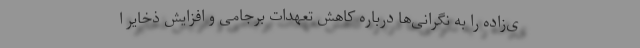
ی‌زاده را به نگرانی‌ها درباره کاهش تعهدات برجامی و افزایش ذخایر ا